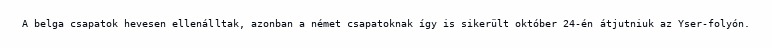
A belga csapatok hevesen ellenálltak, azonban a német csapatoknak így is sikerült október 24-én átjutniuk az Yser-folyón.